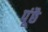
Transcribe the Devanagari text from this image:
पूंछै